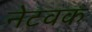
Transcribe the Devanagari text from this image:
नेटवक